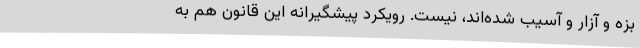
بزه و آزار و آسیب شده‌اند، نیست. رویکرد پیشگیرانه این قانون هم به